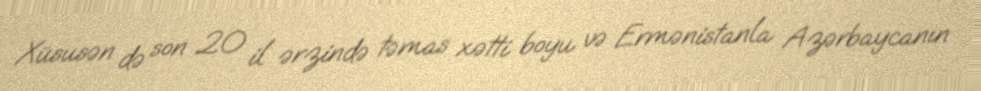
Xüsusən də son 20 il ərzində təmas xətti boyu və Ermənistanla Azərbaycanın